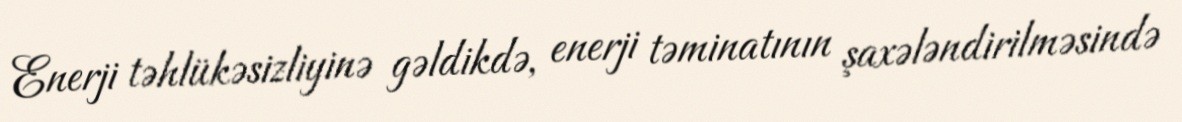
Enerji təhlükəsizliyinə gəldikdə, enerji təminatının şaxələndirilməsində